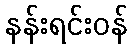
နန်းရင်းဝန်